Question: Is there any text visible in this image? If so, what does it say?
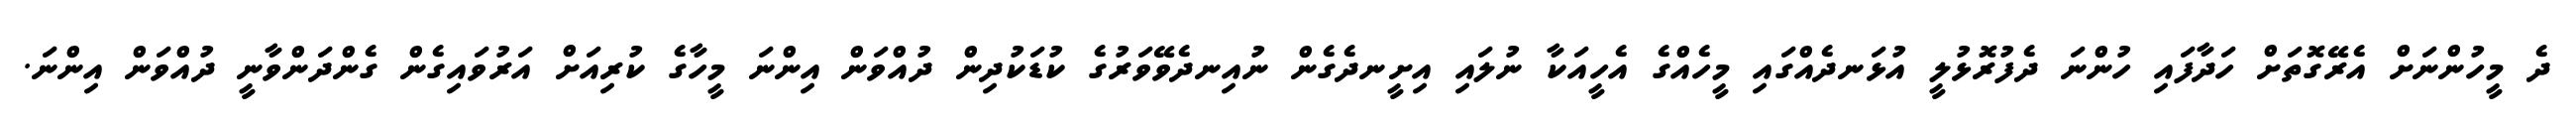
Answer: ދެ މީހުންނަށް އެރޭގޮތަށް ހަދާފައި ހުންނަ ދެފުރޮޅުލީ އުޅަނދެއްގައި މީހެއްގެ އެހީއަކާ ނުލައި އިށީނދެގެން ނުއިނދެވޭވަރުގެ ކުޑަކުދިން ދުއްވަން އިންނަ މީހާގެ ކުރިއަށް އަރުވައިގެން ގެންދަންވާނީ ދުއްވަން އިންނަ.